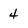
Character: 4